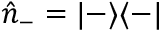
\hat { n } _ { - } = | - \rangle \langle - |